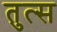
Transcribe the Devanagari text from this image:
तुत्स